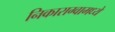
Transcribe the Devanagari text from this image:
निकाराग्वामध्ये